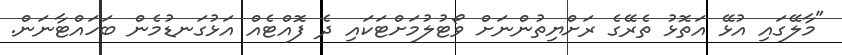
"މާލޭގައި އުޅޭ އަތޮޅު ތެރޭގެ ރަށްޔިތުންނަށް ވޯޓުލުމަށްޓަކައި ދެ ފޮއްޓެއް އަޅުގަނޑުމެން ބަހައްޓާނަން.